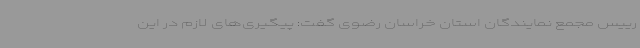
رییس مجمع نمایندگان استان خراسان رضوی گفت: پیگیری‌های لازم در این